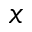
_ x